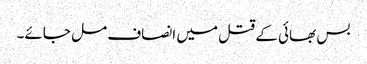
بس بھائی کے قتل میں انصاف مل جائے۔